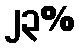
၂၃%